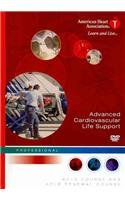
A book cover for ACLS Video, DVD Format; Aha; Health, Fitness & Dieting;